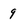
Character: 9